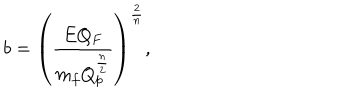
LaTeX: b = \left( { \frac { E Q _ { F } } { m _ { f } Q _ { p } ^ { \frac { n } { 2 } } } } \right) ^ { \frac { 2 } { n } } ,